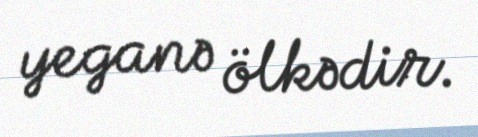
yeganə ölkədir.